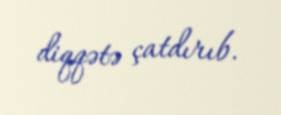
diqqətə çatdırıb.